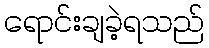
ရောင်းချခဲ့ရသည်